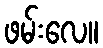
ဖမ်းလေ။